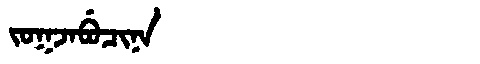
Manchu: ᠵᠣᡴᠵᠠᠪᡠᠴᡳᠨᠠ
Romanization: JOKJABUCINA